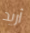
أريد